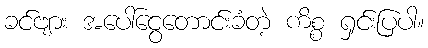
ခင်ဗျား အပေါ်ငွေတောင်းခံတဲ့ ကိစ္စ ရှင်းပြပါ။